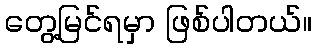
တွေ့မြင်ရမှာ ဖြစ်ပါတယ်။